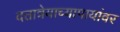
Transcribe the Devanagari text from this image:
दत्तात्रेयाच्यापायांवर